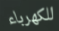
للكهرباء